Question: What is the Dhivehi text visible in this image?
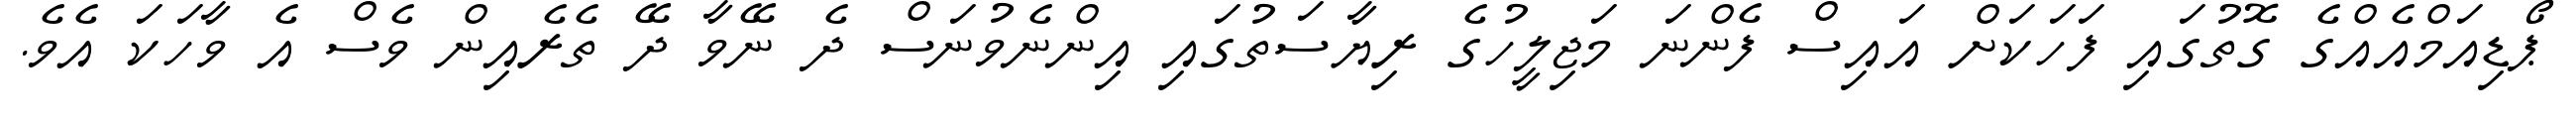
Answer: ޕޯޑިއަމްއެއްގެ ގޮތުގައި ފަހަކަށް އައިސް ފެންނަ މަޖިލީހުގެ ރިޔާސަތުގައި އިންނެވުނަސް ދެ ނޭވާ ދޭ ތެރެއިން ވެސް އެ ވާހަކަ އެވެ.